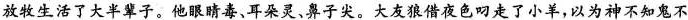
放牧生活了大半辈子。他眼睛毒、耳朵灵、鼻子尖。大友狼借夜色叼走了小羊，以为神不知鬼不